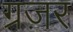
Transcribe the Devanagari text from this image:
ग्रज़र